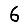
Digit: 6